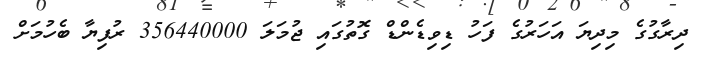
ދިރާގުގެ މިދިޔަ އަހަރުގެ ފަހު ޑިވިޑެންޑް ގޮތުގައި ޖުމަލަ 356440000 ރުފިޔާ ބެހުމަށް